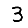
Digit: 3